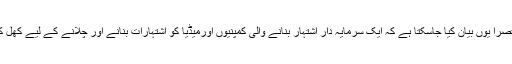
ان نکات کو مختصراً یوں بیان کیا جاسکتا ہے کہ ایک سرمایہ دار اشتہار بنانے والی کمپنیوں اورمیڈیا کو اشتہارات بنانے اور چلانے کے لیے کھل کر پیسہ دیتا ہے۔